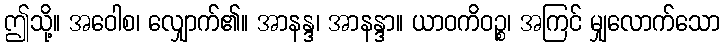
ဤသို့။ အဝေါစ၊ လျှောက်၏။ အာနန္ဒ၊ အာနန္ဒာ။ ယာဝကိဝဉ္စ၊ အကြင် မျှလောက်သော